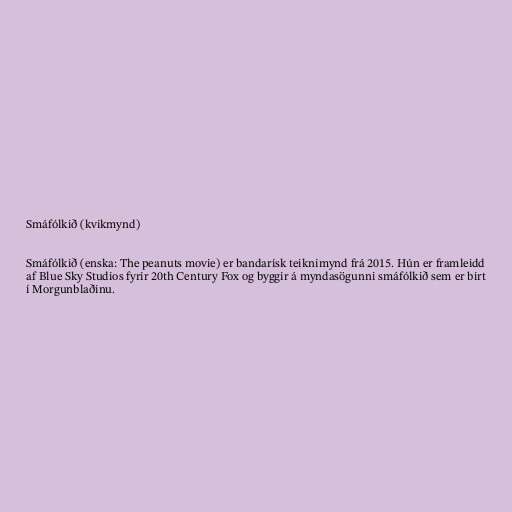
Smáfólkið (kvikmynd)

Smáfólkið (enska: The peanuts movie) er bandarísk teiknimynd frá 2015. Hún er framleidd
af Blue Sky Studios fyrir 20th Century Fox og byggir á myndasögunni smáfólkið sem er birt
í Morgunblaðinu.